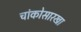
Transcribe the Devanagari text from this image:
चांकोसारखा